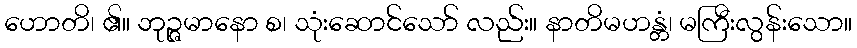
ဟောတိ၊ ၏။ ဘုဉ္ဇမာနော စ၊ သုံးဆောင်သော် လည်း။ နာတိမဟန္တံ၊ မကြီးလွန်းသော။